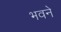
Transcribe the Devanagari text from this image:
भवने